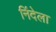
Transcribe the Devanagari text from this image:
निंदेला